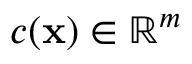
c ( \mathbf { x } ) \in \mathbb { R } ^ { m }